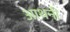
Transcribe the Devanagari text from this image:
आथनी